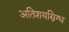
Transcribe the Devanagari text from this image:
अतिशयस्निग्ध